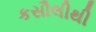
કસૌલીથી